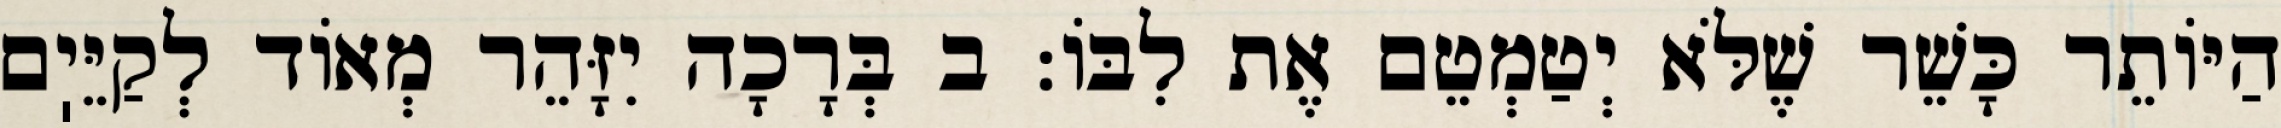
הַיּוֹתֵר כָּשֵׁר שֶׁלֹּא יְטַמְטֵם אֶת לִבּוֹ: ב בְּרָכָה יִזָּהֵר מְאוֹד לְקַיֵּיֽם